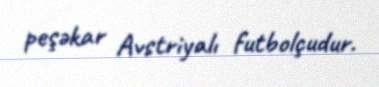
peşəkar Avstriyalı futbolçudur.